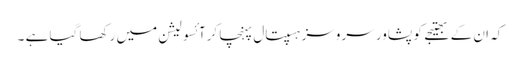
کہ ان کے بھتیجے کو پشاور سروسز ہسپتال پہنچا کرآئسولیشن میں رکھا گیا ہے ۔